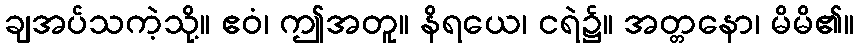
ချအပ်သကဲ့သို့။ ဧဝံ၊ ဤအတူ။ နိရယေ၊ ငရဲ၌။ အတ္တနော၊ မိမိ၏။